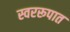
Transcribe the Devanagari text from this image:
स्वररूपात